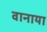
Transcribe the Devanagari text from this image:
वानाया